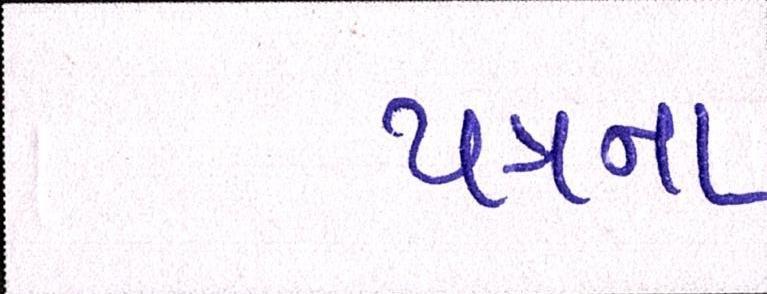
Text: પત્રના